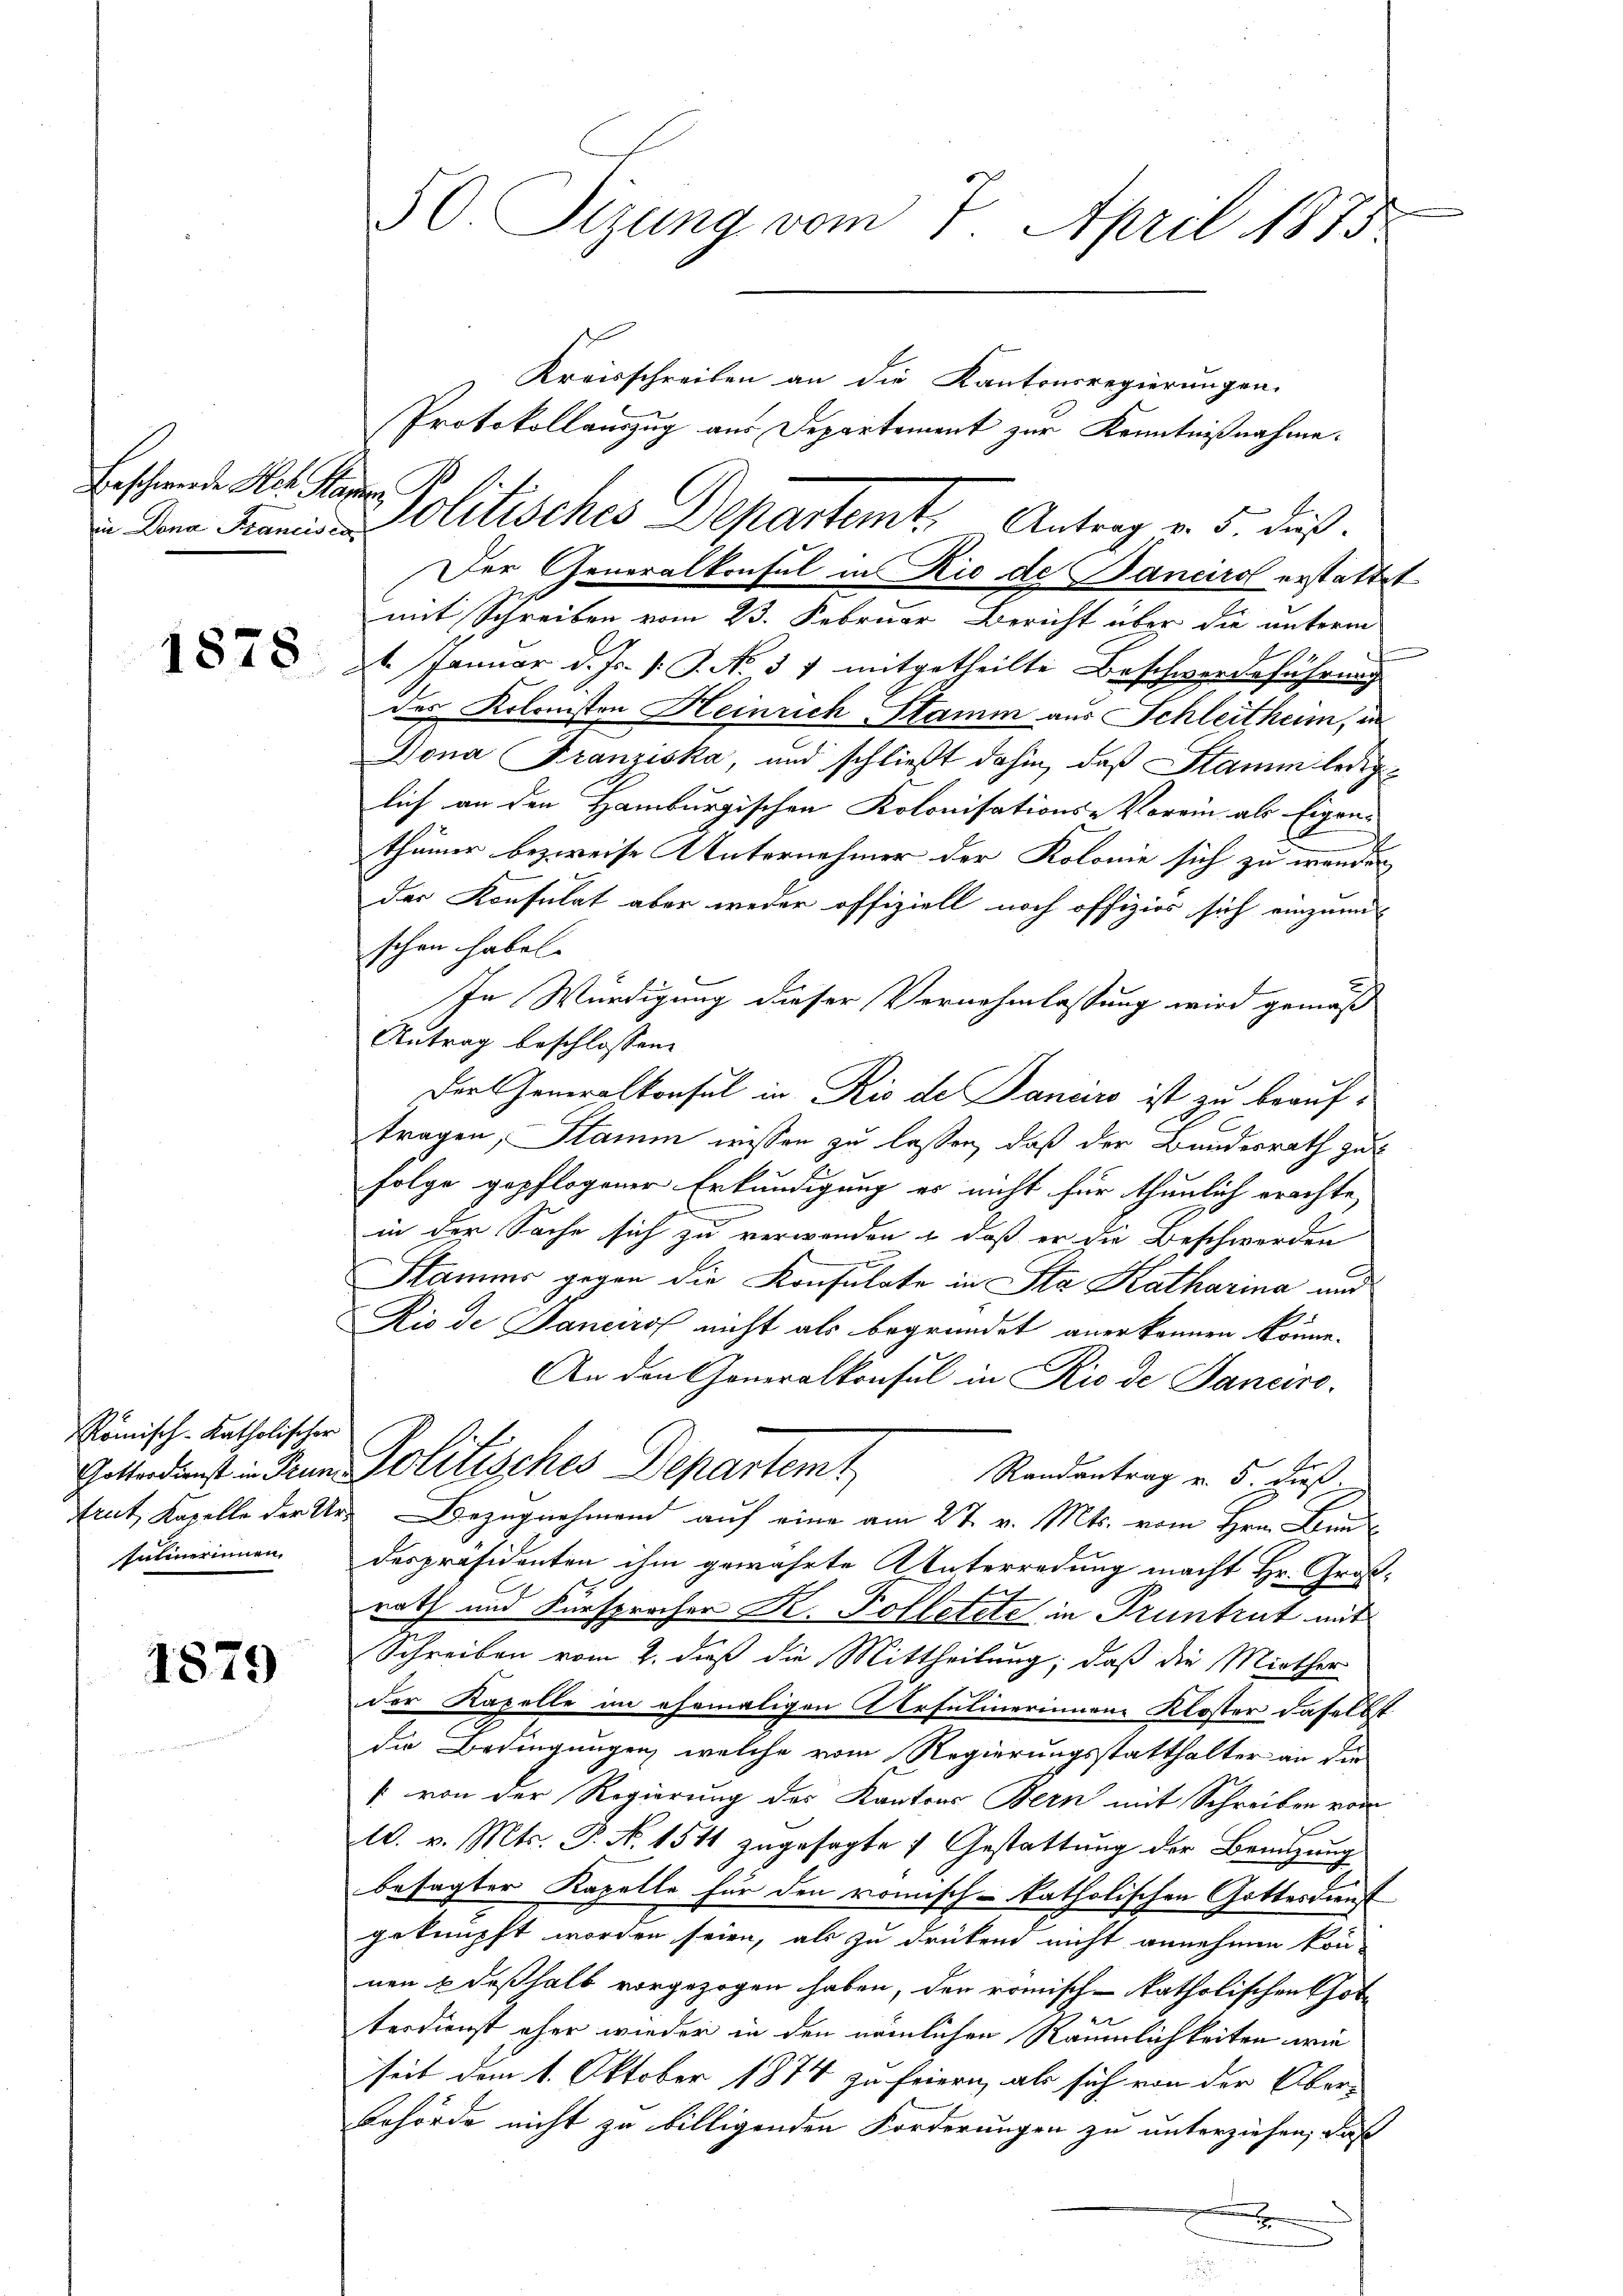
Beschwerde Hch. Kammen,

Römisch-katholischer
sulinerinnen

1879

50 Sizung vom 7. April 1875

Kreisschreiben an die Kantonsregierungen.
Protokollauszug aus Departement zur Kenntnißnahme.
Der Generalkonsul in Rio de Bancirol erstattet
mit Schreiben vom 23. Februar Bericht über die unterm
 24. Januar d. Js. v. J. No. 57 mitgetheilte Beschwerdeführung
der Kolonisten Heinrich Stamm aus Schleitheim, in
Dona Franziska, und schließt dahin, daß Stamm lediglich an den Hamburgischen Kolonisations-Vorein als Eigen-
thümer bezweise Unternehmer der Kolonie sich zu wenden
der Konsulat aber weder offiziell noch offizios sich einzum
schon haben.
In Würdigung dieser Vernehmlassung wird gemäß
Antrag beschlossene
Der Generalkonsul in Rio de Janeiro ist zu beauftragen, Stamm wissen zu lassen, daß der Bundesrath gut
Folge gepflogener Erkundigung es nicht für thunlich erachte,
in der Sache sich zu verwenden & daß er die Beschwerden
Stämme gegen die Konsulate in Sta Katharina und
Rio de Janeirof nicht als begründet anerkennen könne.
A
An den Generalkonsul in Aus de Janeiro
Er
Geltendenst in den Politisches Departemt
Randantrag v. 5. dieß
trut, Kapelle der Ur- Bezugnahmend auf eine am 27. v. Mts. vom Hrn. Bund
despräsidenten ihm gewährte Unterredung macht Hr. Große
rath und Fürspracher K. Kolletete in Pruntrut mit
Schreiben vom 2. daß die Mittheilung, daß die Miether
1
der Kapelle im ehemaligen Arsulinerinnen Kloster daselbst
die Bedingungen, welche vom Regierungsstatthalter an die
1 von der Regierung des Kantons Bern mit Schreiben vom
10. v. Mts. P. N. 1514 zugesagte 4 Gestattung der Benutzung
besagter Kapelle für den römisch-katholischen Gottesdienst
geknüpft worden seien, als zu drückend nicht annehmen kön-
nen & deßhalb vorgezogen haben, der römisch-katholischen Got
terdienst eher wieder in den nämlichen Räumlichkeiten wie
seit dem 1. Oktober 1874 zu feiern, als sich von der Über-
Behörde nicht zu billigenden Forderungen zu unterziehen, daß
x

Dem Franco- Politisches Departemt. Antrag v. 5. dieß.